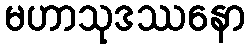
မဟာသုဒဿနော